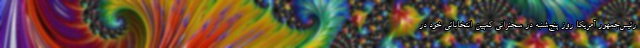
رئیس‌جمهور آمریکا روز پنج‌شنبه در سخنرانی کمپین انتخاباتی خود در